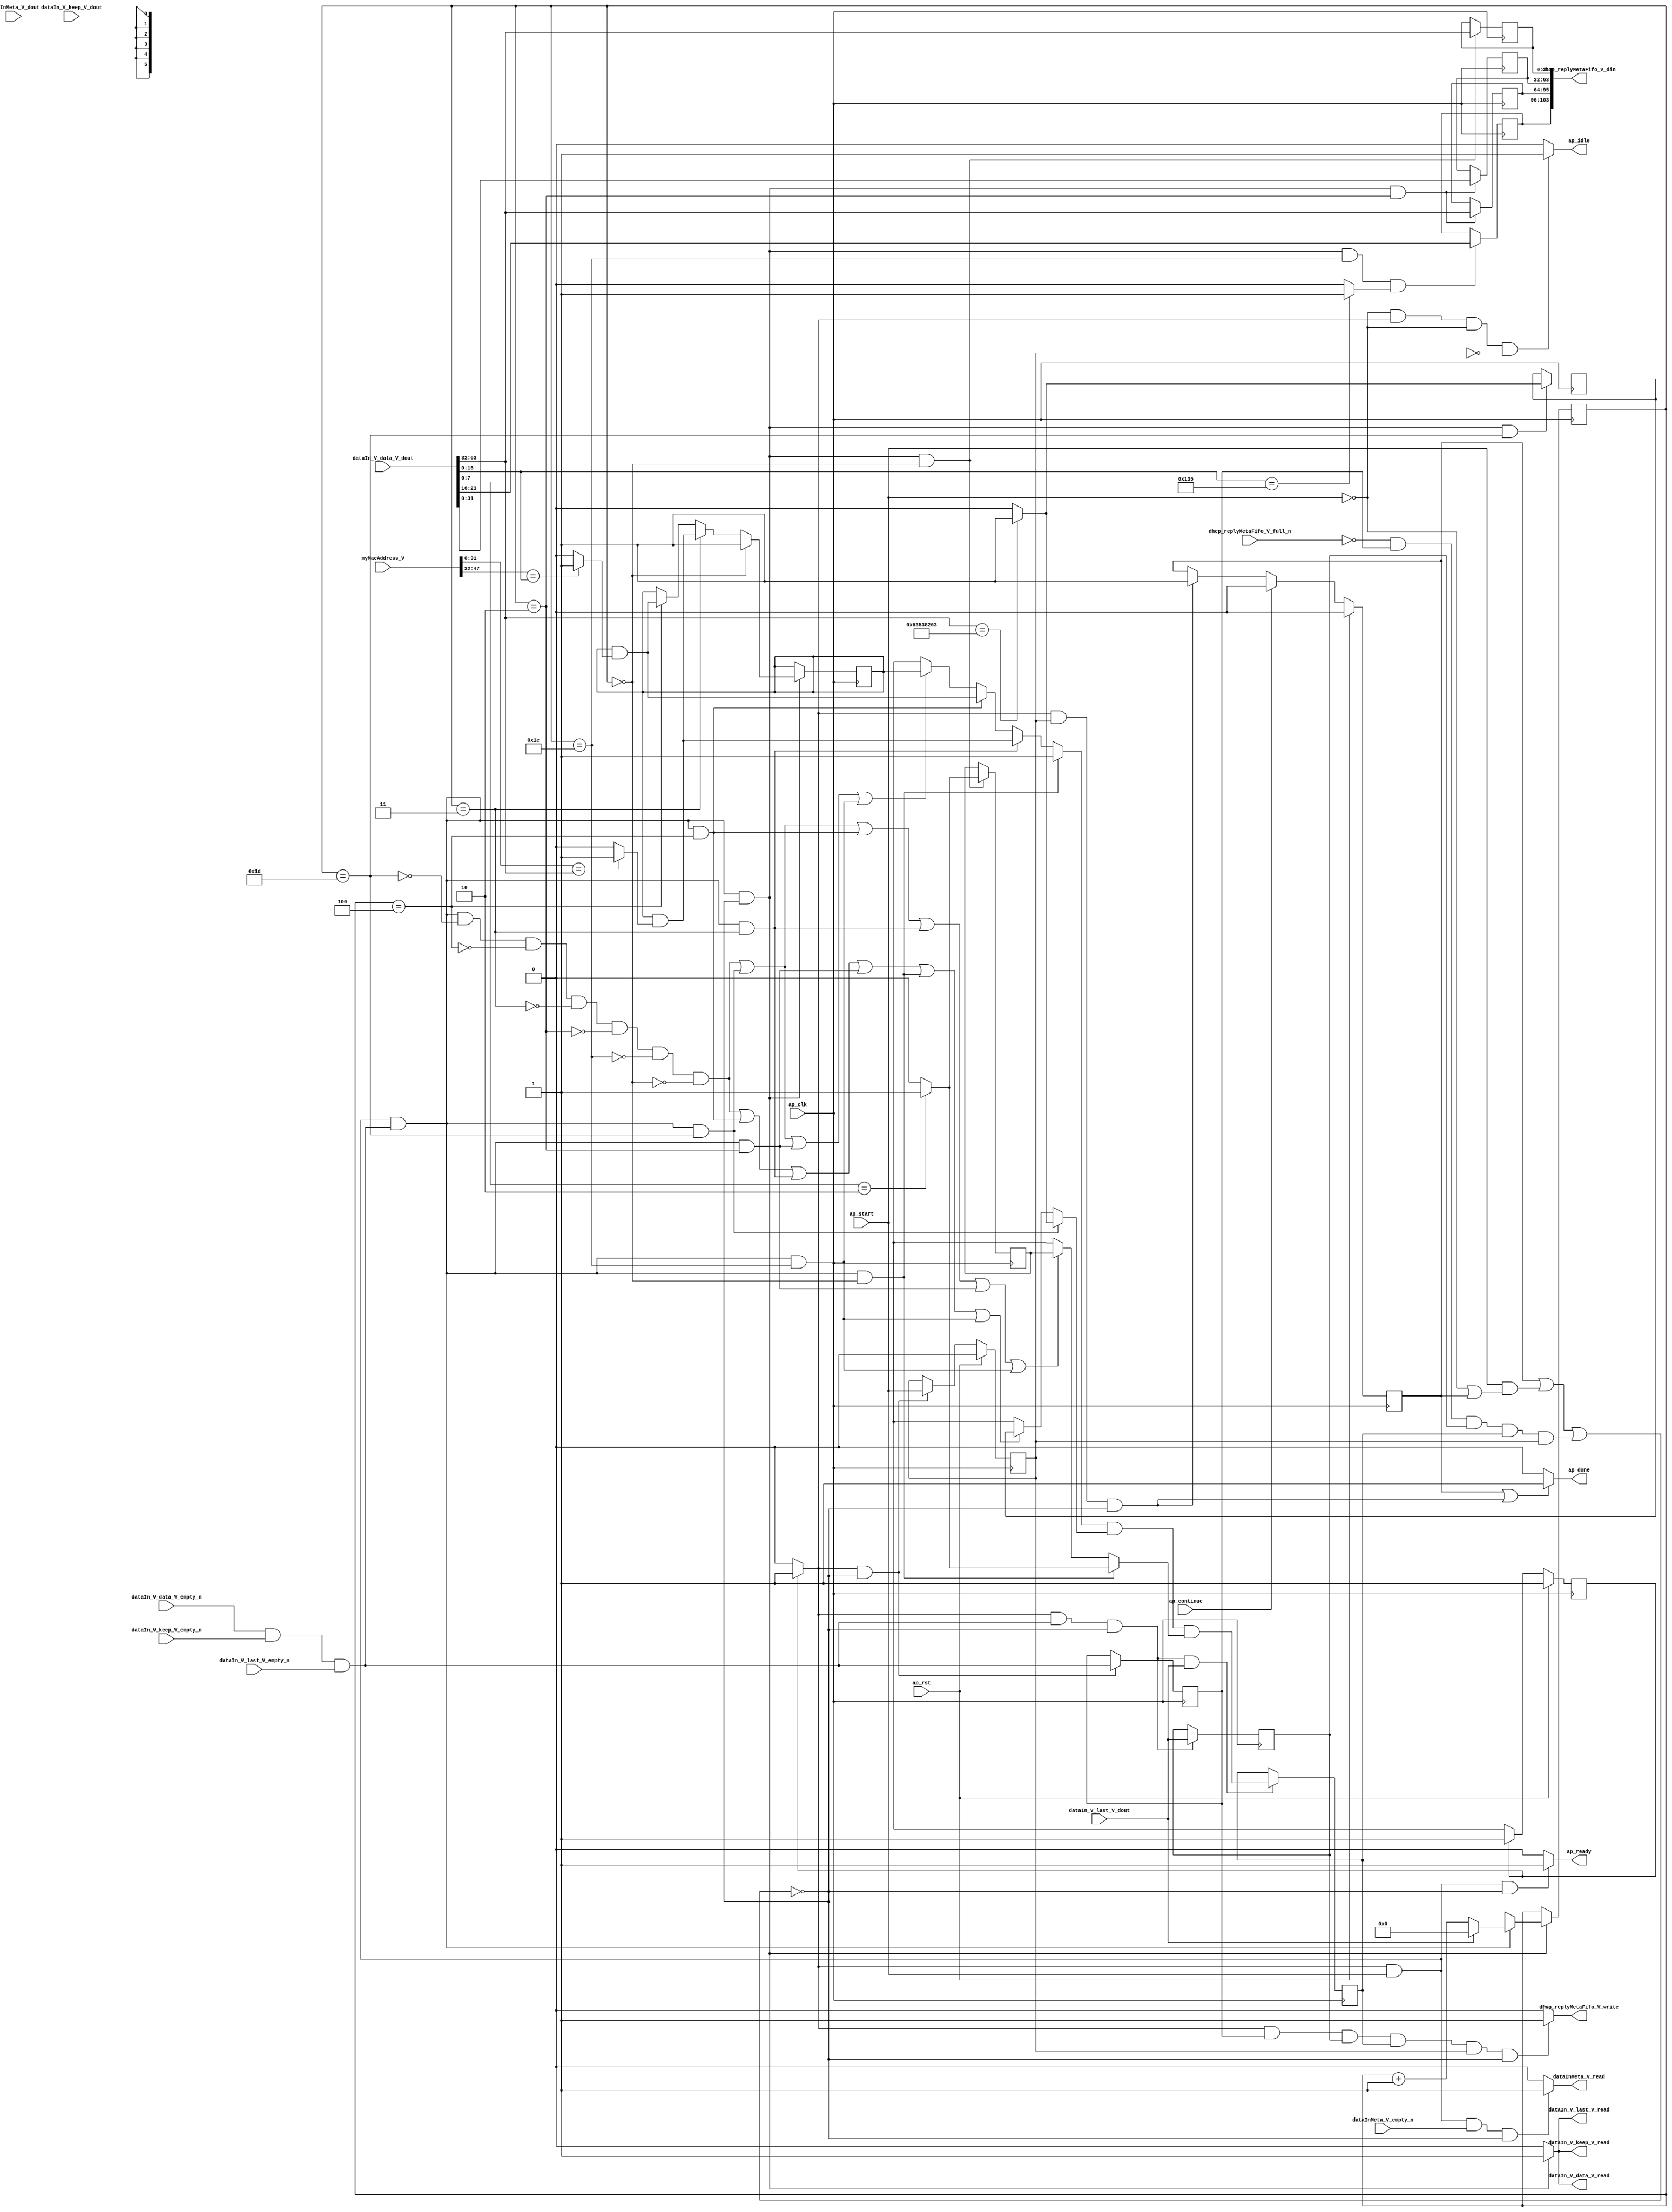
// ==============================================================
// RTL generated by Vivado(TM) HLS - High-Level Synthesis from C, C++ and SystemC
// Version: 2015.1
// Copyright (C) 2015 Xilinx Inc. All rights reserved.
// 
// ===========================================================

`timescale 1 ns / 1 ps 

module dhcp_client_receive_message (
        ap_clk,
        ap_rst,
        ap_start,
        ap_done,
        ap_continue,
        ap_idle,
        ap_ready,
        dataInMeta_V_dout,
        dataInMeta_V_empty_n,
        dataInMeta_V_read,
        dhcp_replyMetaFifo_V_din,
        dhcp_replyMetaFifo_V_full_n,
        dhcp_replyMetaFifo_V_write,
        dataIn_V_data_V_dout,
        dataIn_V_data_V_empty_n,
        dataIn_V_data_V_read,
        dataIn_V_keep_V_dout,
        dataIn_V_keep_V_empty_n,
        dataIn_V_keep_V_read,
        dataIn_V_last_V_dout,
        dataIn_V_last_V_empty_n,
        dataIn_V_last_V_read,
        myMacAddress_V
);

parameter    ap_const_logic_1 = 1'b1;
parameter    ap_const_logic_0 = 1'b0;
parameter    ap_ST_pp0_stg0_fsm_0 = 1'b1;
parameter    ap_const_lv32_0 = 32'b00000000000000000000000000000000;
parameter    ap_const_lv1_1 = 1'b1;
parameter    ap_const_lv1_0 = 1'b0;
parameter    ap_const_lv6_0 = 6'b000000;
parameter    ap_const_lv6_1E = 6'b11110;
parameter    ap_const_lv6_1D = 6'b11101;
parameter    ap_const_lv6_4 = 6'b100;
parameter    ap_const_lv6_3 = 6'b11;
parameter    ap_const_lv6_2 = 6'b10;
parameter    ap_const_lv32_20 = 32'b100000;
parameter    ap_const_lv32_3F = 32'b111111;
parameter    ap_const_lv32_63538263 = 32'b1100011010100111000001001100011;
parameter    ap_const_lv32_2F = 32'b101111;
parameter    ap_const_lv16_135 = 16'b100110101;
parameter    ap_const_lv32_10 = 32'b10000;
parameter    ap_const_lv32_17 = 32'b10111;
parameter    ap_const_lv8_2 = 8'b10;
parameter    ap_const_lv6_1 = 6'b1;
parameter    ap_true = 1'b1;

input   ap_clk;
input   ap_rst;
input   ap_start;
output   ap_done;
input   ap_continue;
output   ap_idle;
output   ap_ready;
input  [95:0] dataInMeta_V_dout;
input   dataInMeta_V_empty_n;
output   dataInMeta_V_read;
output  [103:0] dhcp_replyMetaFifo_V_din;
input   dhcp_replyMetaFifo_V_full_n;
output   dhcp_replyMetaFifo_V_write;
input  [63:0] dataIn_V_data_V_dout;
input   dataIn_V_data_V_empty_n;
output   dataIn_V_data_V_read;
input  [7:0] dataIn_V_keep_V_dout;
input   dataIn_V_keep_V_empty_n;
output   dataIn_V_keep_V_read;
input  [0:0] dataIn_V_last_V_dout;
input   dataIn_V_last_V_empty_n;
output   dataIn_V_last_V_read;
input  [47:0] myMacAddress_V;

reg ap_done;
reg ap_idle;
reg ap_ready;
reg dataInMeta_V_read;
reg dhcp_replyMetaFifo_V_write;
reg    ap_done_reg = 1'b0;
(* fsm_encoding = "none" *) reg   [0:0] ap_CS_fsm = 1'b1;
reg    ap_sig_cseq_ST_pp0_stg0_fsm_0;
reg    ap_sig_bdd_20;
wire    ap_reg_ppiten_pp0_it0;
reg    ap_reg_ppiten_pp0_it1 = 1'b0;
wire    dataIn_V_data_V0_status;
wire   [0:0] tmp_nbreadreq_fu_150_p5;
wire   [0:0] tmp_8_nbreadreq_fu_172_p3;
reg    ap_sig_bdd_56;
reg   [0:0] tmp_reg_506;
reg   [0:0] tmp_last_V_reg_510;
reg   [0:0] brmerge33_demorgan_reg_522;
reg    ap_sig_bdd_75;
reg   [5:0] rm_wordCount_V = 6'b000000;
reg   [0:0] rm_isReply = 1'b0;
reg   [0:0] rm_correctMac = 1'b1;
reg   [0:0] rm_isDHCP = 1'b0;
reg   [31:0] meta_identifier_V = 32'b00000000000000000000000000000000;
reg   [31:0] meta_assignedIpAddress_V = 32'b00000000000000000000000000000000;
reg   [31:0] meta_serverAddress_V = 32'b00000000000000000000000000000000;
reg   [7:0] meta_type_V = 8'b00000000;
wire   [0:0] tmp_last_V_fu_276_p1;
wire   [5:0] rm_wordCount_V_load_load_fu_280_p1;
wire   [0:0] tmp_s_fu_401_p2;
wire   [0:0] brmerge33_demorgan_fu_465_p2;
wire   [0:0] ap_reg_phiprechg_rm_isReply_loc_reg_193pp0_it0;
reg   [0:0] rm_isReply_loc_phi_fu_196_p14;
wire   [0:0] tmp_9_fu_427_p2;
wire   [0:0] ap_reg_phiprechg_rm_correctMac_loc_reg_212pp0_it0;
reg   [0:0] rm_correctMac_loc_phi_fu_215_p14;
wire   [0:0] tmp_7_fu_345_p2;
wire   [0:0] tmp_4_fu_368_p2;
wire   [0:0] ap_reg_phiprechg_rm_isDHCP_loc_reg_232pp0_it0;
reg   [0:0] rm_isDHCP_loc_phi_fu_235_p14;
wire   [0:0] tmp_1_fu_312_p2;
wire   [5:0] ap_reg_phiprechg_rm_wordCount_V_new_reg_251pp0_it0;
reg   [5:0] rm_wordCount_V_new_phi_fu_254_p4;
wire   [5:0] tmp_10_fu_452_p2;
reg    dataIn_V_data_V0_update;
wire   [31:0] grp_fu_262_p4;
wire   [31:0] tmp_23_fu_381_p1;
wire   [15:0] p_Result_6_fu_325_p4;
wire   [15:0] tmp_25_fu_335_p1;
wire   [0:0] tmp_6_fu_339_p2;
wire   [31:0] tmp_24_fu_358_p1;
wire   [0:0] tmp_3_fu_362_p2;
wire   [15:0] tmp_22_fu_397_p1;
wire   [7:0] tmp_21_fu_423_p1;
wire   [0:0] tmp2_fu_459_p2;
reg   [0:0] ap_NS_fsm;
reg    ap_sig_pprstidle_pp0;
reg    ap_sig_bdd_218;
reg    ap_sig_bdd_232;




/// the current state (ap_CS_fsm) of the state machine. ///
always @ (posedge ap_clk)
begin : ap_ret_ap_CS_fsm
    if (ap_rst == 1'b1) begin
        ap_CS_fsm <= ap_ST_pp0_stg0_fsm_0;
    end else begin
        ap_CS_fsm <= ap_NS_fsm;
    end
end

/// ap_done_reg assign process. ///
always @ (posedge ap_clk)
begin : ap_ret_ap_done_reg
    if (ap_rst == 1'b1) begin
        ap_done_reg <= ap_const_logic_0;
    end else begin
        if ((ap_const_logic_1 == ap_continue)) begin
            ap_done_reg <= ap_const_logic_0;
        end else if (((ap_const_logic_1 == ap_sig_cseq_ST_pp0_stg0_fsm_0) & (ap_const_logic_1 == ap_reg_ppiten_pp0_it1) & ~((ap_done_reg == ap_const_logic_1) | ((ap_const_logic_1 == ap_reg_ppiten_pp0_it0) & ap_sig_bdd_56) | (ap_sig_bdd_75 & (ap_const_logic_1 == ap_reg_ppiten_pp0_it1))))) begin
            ap_done_reg <= ap_const_logic_1;
        end
    end
end

/// ap_reg_ppiten_pp0_it1 assign process. ///
always @ (posedge ap_clk)
begin : ap_ret_ap_reg_ppiten_pp0_it1
    if (ap_rst == 1'b1) begin
        ap_reg_ppiten_pp0_it1 <= ap_const_logic_0;
    end else begin
        if (((ap_const_logic_1 == ap_sig_cseq_ST_pp0_stg0_fsm_0) & ~((ap_done_reg == ap_const_logic_1) | ((ap_const_logic_1 == ap_reg_ppiten_pp0_it0) & ap_sig_bdd_56) | (ap_sig_bdd_75 & (ap_const_logic_1 == ap_reg_ppiten_pp0_it1))))) begin
            ap_reg_ppiten_pp0_it1 <= ap_reg_ppiten_pp0_it0;
        end
    end
end

/// assign process. ///
always @(posedge ap_clk)
begin
    if (ap_sig_bdd_218) begin
        if ((ap_const_lv6_0 == rm_wordCount_V_load_load_fu_280_p1)) begin
            rm_correctMac <= ap_const_lv1_1;
        end else if ((rm_wordCount_V_load_load_fu_280_p1 == ap_const_lv6_3)) begin
            rm_correctMac <= tmp_4_fu_368_p2;
        end else if ((rm_wordCount_V_load_load_fu_280_p1 == ap_const_lv6_4)) begin
            rm_correctMac <= tmp_7_fu_345_p2;
        end
    end
end

/// assign process. ///
always @(posedge ap_clk)
begin
    if (((ap_const_logic_1 == ap_sig_cseq_ST_pp0_stg0_fsm_0) & ~(tmp_nbreadreq_fu_150_p5 == ap_const_lv1_0) & ~((ap_done_reg == ap_const_logic_1) | ((ap_const_logic_1 == ap_reg_ppiten_pp0_it0) & ap_sig_bdd_56) | (ap_sig_bdd_75 & (ap_const_logic_1 == ap_reg_ppiten_pp0_it1))) & ~(ap_const_lv1_0 == tmp_last_V_fu_276_p1))) begin
        brmerge33_demorgan_reg_522 <= brmerge33_demorgan_fu_465_p2;
    end
end

/// assign process. ///
always @(posedge ap_clk)
begin
    if (((ap_const_logic_1 == ap_sig_cseq_ST_pp0_stg0_fsm_0) & (ap_const_logic_1 == ap_reg_ppiten_pp0_it0) & ~(tmp_nbreadreq_fu_150_p5 == ap_const_lv1_0) & ~((ap_done_reg == ap_const_logic_1) | ((ap_const_logic_1 == ap_reg_ppiten_pp0_it0) & ap_sig_bdd_56) | (ap_sig_bdd_75 & (ap_const_logic_1 == ap_reg_ppiten_pp0_it1))) & (rm_wordCount_V_load_load_fu_280_p1 == ap_const_lv6_2))) begin
        meta_assignedIpAddress_V <= tmp_23_fu_381_p1;
        meta_serverAddress_V <= {{dataIn_V_data_V_dout[ap_const_lv32_3F : ap_const_lv32_20]}};
    end
end

/// assign process. ///
always @(posedge ap_clk)
begin
    if (((ap_const_logic_1 == ap_sig_cseq_ST_pp0_stg0_fsm_0) & (ap_const_logic_1 == ap_reg_ppiten_pp0_it0) & ~(tmp_nbreadreq_fu_150_p5 == ap_const_lv1_0) & ~((ap_done_reg == ap_const_logic_1) | ((ap_const_logic_1 == ap_reg_ppiten_pp0_it0) & ap_sig_bdd_56) | (ap_sig_bdd_75 & (ap_const_logic_1 == ap_reg_ppiten_pp0_it1))) & (ap_const_lv6_0 == rm_wordCount_V_load_load_fu_280_p1))) begin
        meta_identifier_V <= {{dataIn_V_data_V_dout[ap_const_lv32_3F : ap_const_lv32_20]}};
        rm_isReply <= tmp_9_fu_427_p2;
    end
end

/// assign process. ///
always @(posedge ap_clk)
begin
    if (((ap_const_logic_1 == ap_sig_cseq_ST_pp0_stg0_fsm_0) & (ap_const_logic_1 == ap_reg_ppiten_pp0_it0) & ~(tmp_nbreadreq_fu_150_p5 == ap_const_lv1_0) & ~((ap_done_reg == ap_const_logic_1) | ((ap_const_logic_1 == ap_reg_ppiten_pp0_it0) & ap_sig_bdd_56) | (ap_sig_bdd_75 & (ap_const_logic_1 == ap_reg_ppiten_pp0_it1))) & (rm_wordCount_V_load_load_fu_280_p1 == ap_const_lv6_1E) & ~(ap_const_lv1_0 == tmp_s_fu_401_p2))) begin
        meta_type_V <= {{dataIn_V_data_V_dout[ap_const_lv32_17 : ap_const_lv32_10]}};
    end
end

/// assign process. ///
always @(posedge ap_clk)
begin
    if (((ap_const_logic_1 == ap_sig_cseq_ST_pp0_stg0_fsm_0) & (ap_const_logic_1 == ap_reg_ppiten_pp0_it0) & ~(tmp_nbreadreq_fu_150_p5 == ap_const_lv1_0) & ~((ap_done_reg == ap_const_logic_1) | ((ap_const_logic_1 == ap_reg_ppiten_pp0_it0) & ap_sig_bdd_56) | (ap_sig_bdd_75 & (ap_const_logic_1 == ap_reg_ppiten_pp0_it1))) & (rm_wordCount_V_load_load_fu_280_p1 == ap_const_lv6_1D))) begin
        rm_isDHCP <= tmp_1_fu_312_p2;
    end
end

/// assign process. ///
always @(posedge ap_clk)
begin
    if (((ap_const_logic_1 == ap_sig_cseq_ST_pp0_stg0_fsm_0) & (ap_const_logic_1 == ap_reg_ppiten_pp0_it0) & ~(tmp_nbreadreq_fu_150_p5 == ap_const_lv1_0) & ~((ap_done_reg == ap_const_logic_1) | ((ap_const_logic_1 == ap_reg_ppiten_pp0_it0) & ap_sig_bdd_56) | (ap_sig_bdd_75 & (ap_const_logic_1 == ap_reg_ppiten_pp0_it1))))) begin
        rm_wordCount_V <= rm_wordCount_V_new_phi_fu_254_p4;
    end
end

/// assign process. ///
always @(posedge ap_clk)
begin
    if (((ap_const_logic_1 == ap_sig_cseq_ST_pp0_stg0_fsm_0) & ~(tmp_nbreadreq_fu_150_p5 == ap_const_lv1_0) & ~((ap_done_reg == ap_const_logic_1) | ((ap_const_logic_1 == ap_reg_ppiten_pp0_it0) & ap_sig_bdd_56) | (ap_sig_bdd_75 & (ap_const_logic_1 == ap_reg_ppiten_pp0_it1))))) begin
        tmp_last_V_reg_510 <= dataIn_V_last_V_dout;
    end
end

/// assign process. ///
always @(posedge ap_clk)
begin
    if (((ap_const_logic_1 == ap_sig_cseq_ST_pp0_stg0_fsm_0) & ~((ap_done_reg == ap_const_logic_1) | ((ap_const_logic_1 == ap_reg_ppiten_pp0_it0) & ap_sig_bdd_56) | (ap_sig_bdd_75 & (ap_const_logic_1 == ap_reg_ppiten_pp0_it1))))) begin
        tmp_reg_506 <= tmp_nbreadreq_fu_150_p5;
    end
end

/// ap_done assign process. ///
always @ (ap_done_reg or ap_sig_cseq_ST_pp0_stg0_fsm_0 or ap_reg_ppiten_pp0_it0 or ap_reg_ppiten_pp0_it1 or ap_sig_bdd_56 or ap_sig_bdd_75)
begin
    if (((ap_const_logic_1 == ap_done_reg) | ((ap_const_logic_1 == ap_sig_cseq_ST_pp0_stg0_fsm_0) & (ap_const_logic_1 == ap_reg_ppiten_pp0_it1) & ~((ap_done_reg == ap_const_logic_1) | ((ap_const_logic_1 == ap_reg_ppiten_pp0_it0) & ap_sig_bdd_56) | (ap_sig_bdd_75 & (ap_const_logic_1 == ap_reg_ppiten_pp0_it1)))))) begin
        ap_done = ap_const_logic_1;
    end else begin
        ap_done = ap_const_logic_0;
    end
end

/// ap_idle assign process. ///
always @ (ap_start or ap_sig_cseq_ST_pp0_stg0_fsm_0 or ap_reg_ppiten_pp0_it0 or ap_reg_ppiten_pp0_it1)
begin
    if ((~(ap_const_logic_1 == ap_start) & (ap_const_logic_1 == ap_sig_cseq_ST_pp0_stg0_fsm_0) & (ap_const_logic_0 == ap_reg_ppiten_pp0_it0) & (ap_const_logic_0 == ap_reg_ppiten_pp0_it1))) begin
        ap_idle = ap_const_logic_1;
    end else begin
        ap_idle = ap_const_logic_0;
    end
end

/// ap_ready assign process. ///
always @ (ap_done_reg or ap_sig_cseq_ST_pp0_stg0_fsm_0 or ap_reg_ppiten_pp0_it0 or ap_reg_ppiten_pp0_it1 or ap_sig_bdd_56 or ap_sig_bdd_75)
begin
    if (((ap_const_logic_1 == ap_sig_cseq_ST_pp0_stg0_fsm_0) & (ap_const_logic_1 == ap_reg_ppiten_pp0_it0) & ~((ap_done_reg == ap_const_logic_1) | ((ap_const_logic_1 == ap_reg_ppiten_pp0_it0) & ap_sig_bdd_56) | (ap_sig_bdd_75 & (ap_const_logic_1 == ap_reg_ppiten_pp0_it1))))) begin
        ap_ready = ap_const_logic_1;
    end else begin
        ap_ready = ap_const_logic_0;
    end
end

/// ap_sig_cseq_ST_pp0_stg0_fsm_0 assign process. ///
always @ (ap_sig_bdd_20)
begin
    if (ap_sig_bdd_20) begin
        ap_sig_cseq_ST_pp0_stg0_fsm_0 = ap_const_logic_1;
    end else begin
        ap_sig_cseq_ST_pp0_stg0_fsm_0 = ap_const_logic_0;
    end
end

/// ap_sig_pprstidle_pp0 assign process. ///
always @ (ap_start or ap_reg_ppiten_pp0_it0)
begin
    if (((ap_const_logic_0 == ap_reg_ppiten_pp0_it0) & (ap_const_logic_0 == ap_start))) begin
        ap_sig_pprstidle_pp0 = ap_const_logic_1;
    end else begin
        ap_sig_pprstidle_pp0 = ap_const_logic_0;
    end
end

/// dataInMeta_V_read assign process. ///
always @ (ap_done_reg or ap_sig_cseq_ST_pp0_stg0_fsm_0 or ap_reg_ppiten_pp0_it0 or ap_reg_ppiten_pp0_it1 or tmp_8_nbreadreq_fu_172_p3 or ap_sig_bdd_56 or ap_sig_bdd_75)
begin
    if (((ap_const_logic_1 == ap_sig_cseq_ST_pp0_stg0_fsm_0) & (ap_const_logic_1 == ap_reg_ppiten_pp0_it0) & ~(ap_const_lv1_0 == tmp_8_nbreadreq_fu_172_p3) & ~((ap_done_reg == ap_const_logic_1) | ((ap_const_logic_1 == ap_reg_ppiten_pp0_it0) & ap_sig_bdd_56) | (ap_sig_bdd_75 & (ap_const_logic_1 == ap_reg_ppiten_pp0_it1))))) begin
        dataInMeta_V_read = ap_const_logic_1;
    end else begin
        dataInMeta_V_read = ap_const_logic_0;
    end
end

/// dataIn_V_data_V0_update assign process. ///
always @ (ap_done_reg or ap_sig_cseq_ST_pp0_stg0_fsm_0 or ap_reg_ppiten_pp0_it0 or ap_reg_ppiten_pp0_it1 or tmp_nbreadreq_fu_150_p5 or ap_sig_bdd_56 or ap_sig_bdd_75)
begin
    if (((ap_const_logic_1 == ap_sig_cseq_ST_pp0_stg0_fsm_0) & (ap_const_logic_1 == ap_reg_ppiten_pp0_it0) & ~(tmp_nbreadreq_fu_150_p5 == ap_const_lv1_0) & ~((ap_done_reg == ap_const_logic_1) | ((ap_const_logic_1 == ap_reg_ppiten_pp0_it0) & ap_sig_bdd_56) | (ap_sig_bdd_75 & (ap_const_logic_1 == ap_reg_ppiten_pp0_it1))))) begin
        dataIn_V_data_V0_update = ap_const_logic_1;
    end else begin
        dataIn_V_data_V0_update = ap_const_logic_0;
    end
end

/// dhcp_replyMetaFifo_V_write assign process. ///
always @ (ap_done_reg or ap_sig_cseq_ST_pp0_stg0_fsm_0 or ap_reg_ppiten_pp0_it0 or ap_reg_ppiten_pp0_it1 or ap_sig_bdd_56 or tmp_reg_506 or tmp_last_V_reg_510 or brmerge33_demorgan_reg_522 or ap_sig_bdd_75)
begin
    if (((ap_const_logic_1 == ap_sig_cseq_ST_pp0_stg0_fsm_0) & ~(ap_const_lv1_0 == tmp_reg_506) & ~(ap_const_lv1_0 == tmp_last_V_reg_510) & ~(ap_const_lv1_0 == brmerge33_demorgan_reg_522) & (ap_const_logic_1 == ap_reg_ppiten_pp0_it1) & ~((ap_done_reg == ap_const_logic_1) | ((ap_const_logic_1 == ap_reg_ppiten_pp0_it0) & ap_sig_bdd_56) | (ap_sig_bdd_75 & (ap_const_logic_1 == ap_reg_ppiten_pp0_it1))))) begin
        dhcp_replyMetaFifo_V_write = ap_const_logic_1;
    end else begin
        dhcp_replyMetaFifo_V_write = ap_const_logic_0;
    end
end

/// rm_correctMac_loc_phi_fu_215_p14 assign process. ///
always @ (ap_sig_cseq_ST_pp0_stg0_fsm_0 or ap_reg_ppiten_pp0_it0 or tmp_nbreadreq_fu_150_p5 or rm_correctMac or rm_wordCount_V_load_load_fu_280_p1 or ap_reg_phiprechg_rm_correctMac_loc_reg_212pp0_it0 or tmp_7_fu_345_p2 or tmp_4_fu_368_p2)
begin
    if (((ap_const_logic_1 == ap_sig_cseq_ST_pp0_stg0_fsm_0) & (ap_const_logic_1 == ap_reg_ppiten_pp0_it0) & ~(tmp_nbreadreq_fu_150_p5 == ap_const_lv1_0) & (ap_const_lv6_0 == rm_wordCount_V_load_load_fu_280_p1))) begin
        rm_correctMac_loc_phi_fu_215_p14 = ap_const_lv1_1;
    end else if (((ap_const_logic_1 == ap_sig_cseq_ST_pp0_stg0_fsm_0) & (ap_const_logic_1 == ap_reg_ppiten_pp0_it0) & ~(tmp_nbreadreq_fu_150_p5 == ap_const_lv1_0) & (rm_wordCount_V_load_load_fu_280_p1 == ap_const_lv6_3))) begin
        rm_correctMac_loc_phi_fu_215_p14 = tmp_4_fu_368_p2;
    end else if (((ap_const_logic_1 == ap_sig_cseq_ST_pp0_stg0_fsm_0) & (ap_const_logic_1 == ap_reg_ppiten_pp0_it0) & ~(tmp_nbreadreq_fu_150_p5 == ap_const_lv1_0) & (rm_wordCount_V_load_load_fu_280_p1 == ap_const_lv6_4))) begin
        rm_correctMac_loc_phi_fu_215_p14 = tmp_7_fu_345_p2;
    end else if ((((ap_const_logic_1 == ap_sig_cseq_ST_pp0_stg0_fsm_0) & (ap_const_logic_1 == ap_reg_ppiten_pp0_it0) & ~(tmp_nbreadreq_fu_150_p5 == ap_const_lv1_0) & ~(rm_wordCount_V_load_load_fu_280_p1 == ap_const_lv6_1D) & ~(rm_wordCount_V_load_load_fu_280_p1 == ap_const_lv6_4) & ~(rm_wordCount_V_load_load_fu_280_p1 == ap_const_lv6_3) & ~(rm_wordCount_V_load_load_fu_280_p1 == ap_const_lv6_2) & ~(rm_wordCount_V_load_load_fu_280_p1 == ap_const_lv6_1E) & ~(ap_const_lv6_0 == rm_wordCount_V_load_load_fu_280_p1)) | ((ap_const_logic_1 == ap_sig_cseq_ST_pp0_stg0_fsm_0) & (ap_const_logic_1 == ap_reg_ppiten_pp0_it0) & ~(tmp_nbreadreq_fu_150_p5 == ap_const_lv1_0) & (rm_wordCount_V_load_load_fu_280_p1 == ap_const_lv6_1D)) | ((ap_const_logic_1 == ap_sig_cseq_ST_pp0_stg0_fsm_0) & (ap_const_logic_1 == ap_reg_ppiten_pp0_it0) & ~(tmp_nbreadreq_fu_150_p5 == ap_const_lv1_0) & (rm_wordCount_V_load_load_fu_280_p1 == ap_const_lv6_2)) | ((ap_const_logic_1 == ap_sig_cseq_ST_pp0_stg0_fsm_0) & (ap_const_logic_1 == ap_reg_ppiten_pp0_it0) & ~(tmp_nbreadreq_fu_150_p5 == ap_const_lv1_0) & (rm_wordCount_V_load_load_fu_280_p1 == ap_const_lv6_1E)))) begin
        rm_correctMac_loc_phi_fu_215_p14 = rm_correctMac;
    end else begin
        rm_correctMac_loc_phi_fu_215_p14 = ap_reg_phiprechg_rm_correctMac_loc_reg_212pp0_it0;
    end
end

/// rm_isDHCP_loc_phi_fu_235_p14 assign process. ///
always @ (ap_sig_cseq_ST_pp0_stg0_fsm_0 or ap_reg_ppiten_pp0_it0 or tmp_nbreadreq_fu_150_p5 or rm_isDHCP or rm_wordCount_V_load_load_fu_280_p1 or ap_reg_phiprechg_rm_isDHCP_loc_reg_232pp0_it0 or tmp_1_fu_312_p2)
begin
    if (((ap_const_logic_1 == ap_sig_cseq_ST_pp0_stg0_fsm_0) & (ap_const_logic_1 == ap_reg_ppiten_pp0_it0) & ~(tmp_nbreadreq_fu_150_p5 == ap_const_lv1_0) & (rm_wordCount_V_load_load_fu_280_p1 == ap_const_lv6_1D))) begin
        rm_isDHCP_loc_phi_fu_235_p14 = tmp_1_fu_312_p2;
    end else if ((((ap_const_logic_1 == ap_sig_cseq_ST_pp0_stg0_fsm_0) & (ap_const_logic_1 == ap_reg_ppiten_pp0_it0) & ~(tmp_nbreadreq_fu_150_p5 == ap_const_lv1_0) & ~(rm_wordCount_V_load_load_fu_280_p1 == ap_const_lv6_1D) & ~(rm_wordCount_V_load_load_fu_280_p1 == ap_const_lv6_4) & ~(rm_wordCount_V_load_load_fu_280_p1 == ap_const_lv6_3) & ~(rm_wordCount_V_load_load_fu_280_p1 == ap_const_lv6_2) & ~(rm_wordCount_V_load_load_fu_280_p1 == ap_const_lv6_1E) & ~(ap_const_lv6_0 == rm_wordCount_V_load_load_fu_280_p1)) | ((ap_const_logic_1 == ap_sig_cseq_ST_pp0_stg0_fsm_0) & (ap_const_logic_1 == ap_reg_ppiten_pp0_it0) & ~(tmp_nbreadreq_fu_150_p5 == ap_const_lv1_0) & (rm_wordCount_V_load_load_fu_280_p1 == ap_const_lv6_4)) | ((ap_const_logic_1 == ap_sig_cseq_ST_pp0_stg0_fsm_0) & (ap_const_logic_1 == ap_reg_ppiten_pp0_it0) & ~(tmp_nbreadreq_fu_150_p5 == ap_const_lv1_0) & (rm_wordCount_V_load_load_fu_280_p1 == ap_const_lv6_3)) | ((ap_const_logic_1 == ap_sig_cseq_ST_pp0_stg0_fsm_0) & (ap_const_logic_1 == ap_reg_ppiten_pp0_it0) & ~(tmp_nbreadreq_fu_150_p5 == ap_const_lv1_0) & (rm_wordCount_V_load_load_fu_280_p1 == ap_const_lv6_2)) | ((ap_const_logic_1 == ap_sig_cseq_ST_pp0_stg0_fsm_0) & (ap_const_logic_1 == ap_reg_ppiten_pp0_it0) & ~(tmp_nbreadreq_fu_150_p5 == ap_const_lv1_0) & (ap_const_lv6_0 == rm_wordCount_V_load_load_fu_280_p1)) | ((ap_const_logic_1 == ap_sig_cseq_ST_pp0_stg0_fsm_0) & (ap_const_logic_1 == ap_reg_ppiten_pp0_it0) & ~(tmp_nbreadreq_fu_150_p5 == ap_const_lv1_0) & (rm_wordCount_V_load_load_fu_280_p1 == ap_const_lv6_1E)))) begin
        rm_isDHCP_loc_phi_fu_235_p14 = rm_isDHCP;
    end else begin
        rm_isDHCP_loc_phi_fu_235_p14 = ap_reg_phiprechg_rm_isDHCP_loc_reg_232pp0_it0;
    end
end

/// rm_isReply_loc_phi_fu_196_p14 assign process. ///
always @ (ap_sig_cseq_ST_pp0_stg0_fsm_0 or ap_reg_ppiten_pp0_it0 or tmp_nbreadreq_fu_150_p5 or rm_isReply or rm_wordCount_V_load_load_fu_280_p1 or ap_reg_phiprechg_rm_isReply_loc_reg_193pp0_it0 or tmp_9_fu_427_p2)
begin
    if (((ap_const_logic_1 == ap_sig_cseq_ST_pp0_stg0_fsm_0) & (ap_const_logic_1 == ap_reg_ppiten_pp0_it0) & ~(tmp_nbreadreq_fu_150_p5 == ap_const_lv1_0) & (ap_const_lv6_0 == rm_wordCount_V_load_load_fu_280_p1))) begin
        rm_isReply_loc_phi_fu_196_p14 = tmp_9_fu_427_p2;
    end else if ((((ap_const_logic_1 == ap_sig_cseq_ST_pp0_stg0_fsm_0) & (ap_const_logic_1 == ap_reg_ppiten_pp0_it0) & ~(tmp_nbreadreq_fu_150_p5 == ap_const_lv1_0) & ~(rm_wordCount_V_load_load_fu_280_p1 == ap_const_lv6_1D) & ~(rm_wordCount_V_load_load_fu_280_p1 == ap_const_lv6_4) & ~(rm_wordCount_V_load_load_fu_280_p1 == ap_const_lv6_3) & ~(rm_wordCount_V_load_load_fu_280_p1 == ap_const_lv6_2) & ~(rm_wordCount_V_load_load_fu_280_p1 == ap_const_lv6_1E) & ~(ap_const_lv6_0 == rm_wordCount_V_load_load_fu_280_p1)) | ((ap_const_logic_1 == ap_sig_cseq_ST_pp0_stg0_fsm_0) & (ap_const_logic_1 == ap_reg_ppiten_pp0_it0) & ~(tmp_nbreadreq_fu_150_p5 == ap_const_lv1_0) & (rm_wordCount_V_load_load_fu_280_p1 == ap_const_lv6_1D)) | ((ap_const_logic_1 == ap_sig_cseq_ST_pp0_stg0_fsm_0) & (ap_const_logic_1 == ap_reg_ppiten_pp0_it0) & ~(tmp_nbreadreq_fu_150_p5 == ap_const_lv1_0) & (rm_wordCount_V_load_load_fu_280_p1 == ap_const_lv6_4)) | ((ap_const_logic_1 == ap_sig_cseq_ST_pp0_stg0_fsm_0) & (ap_const_logic_1 == ap_reg_ppiten_pp0_it0) & ~(tmp_nbreadreq_fu_150_p5 == ap_const_lv1_0) & (rm_wordCount_V_load_load_fu_280_p1 == ap_const_lv6_3)) | ((ap_const_logic_1 == ap_sig_cseq_ST_pp0_stg0_fsm_0) & (ap_const_logic_1 == ap_reg_ppiten_pp0_it0) & ~(tmp_nbreadreq_fu_150_p5 == ap_const_lv1_0) & (rm_wordCount_V_load_load_fu_280_p1 == ap_const_lv6_2)) | ((ap_const_logic_1 == ap_sig_cseq_ST_pp0_stg0_fsm_0) & (ap_const_logic_1 == ap_reg_ppiten_pp0_it0) & ~(tmp_nbreadreq_fu_150_p5 == ap_const_lv1_0) & (rm_wordCount_V_load_load_fu_280_p1 == ap_const_lv6_1E)))) begin
        rm_isReply_loc_phi_fu_196_p14 = rm_isReply;
    end else begin
        rm_isReply_loc_phi_fu_196_p14 = ap_reg_phiprechg_rm_isReply_loc_reg_193pp0_it0;
    end
end

/// rm_wordCount_V_new_phi_fu_254_p4 assign process. ///
always @ (tmp_last_V_fu_276_p1 or ap_reg_phiprechg_rm_wordCount_V_new_reg_251pp0_it0 or tmp_10_fu_452_p2 or ap_sig_bdd_232)
begin
    if (ap_sig_bdd_232) begin
        if ((ap_const_lv1_0 == tmp_last_V_fu_276_p1)) begin
            rm_wordCount_V_new_phi_fu_254_p4 = tmp_10_fu_452_p2;
        end else if (~(ap_const_lv1_0 == tmp_last_V_fu_276_p1)) begin
            rm_wordCount_V_new_phi_fu_254_p4 = ap_const_lv6_0;
        end else begin
            rm_wordCount_V_new_phi_fu_254_p4 = ap_reg_phiprechg_rm_wordCount_V_new_reg_251pp0_it0;
        end
    end else begin
        rm_wordCount_V_new_phi_fu_254_p4 = ap_reg_phiprechg_rm_wordCount_V_new_reg_251pp0_it0;
    end
end
/// the next state (ap_NS_fsm) of the state machine. ///
always @ (ap_done_reg or ap_CS_fsm or ap_reg_ppiten_pp0_it0 or ap_reg_ppiten_pp0_it1 or ap_sig_bdd_56 or ap_sig_bdd_75 or ap_sig_pprstidle_pp0)
begin
    case (ap_CS_fsm)
        ap_ST_pp0_stg0_fsm_0 : 
        begin
            ap_NS_fsm = ap_ST_pp0_stg0_fsm_0;
        end
        default : 
        begin
            ap_NS_fsm = 'bx;
        end
    endcase
end

assign ap_reg_phiprechg_rm_correctMac_loc_reg_212pp0_it0 = 'bx;
assign ap_reg_phiprechg_rm_isDHCP_loc_reg_232pp0_it0 = 'bx;
assign ap_reg_phiprechg_rm_isReply_loc_reg_193pp0_it0 = 'bx;
assign ap_reg_phiprechg_rm_wordCount_V_new_reg_251pp0_it0 = 'bx;
assign ap_reg_ppiten_pp0_it0 = ap_start;

/// ap_sig_bdd_20 assign process. ///
always @ (ap_CS_fsm)
begin
    ap_sig_bdd_20 = (ap_CS_fsm[ap_const_lv32_0] == ap_const_lv1_1);
end

/// ap_sig_bdd_218 assign process. ///
always @ (ap_done_reg or ap_sig_cseq_ST_pp0_stg0_fsm_0 or ap_reg_ppiten_pp0_it0 or ap_reg_ppiten_pp0_it1 or tmp_nbreadreq_fu_150_p5 or ap_sig_bdd_56 or ap_sig_bdd_75)
begin
    ap_sig_bdd_218 = ((ap_const_logic_1 == ap_sig_cseq_ST_pp0_stg0_fsm_0) & (ap_const_logic_1 == ap_reg_ppiten_pp0_it0) & ~(tmp_nbreadreq_fu_150_p5 == ap_const_lv1_0) & ~((ap_done_reg == ap_const_logic_1) | ((ap_const_logic_1 == ap_reg_ppiten_pp0_it0) & ap_sig_bdd_56) | (ap_sig_bdd_75 & (ap_const_logic_1 == ap_reg_ppiten_pp0_it1))));
end

/// ap_sig_bdd_232 assign process. ///
always @ (ap_sig_cseq_ST_pp0_stg0_fsm_0 or ap_reg_ppiten_pp0_it0 or tmp_nbreadreq_fu_150_p5)
begin
    ap_sig_bdd_232 = ((ap_const_logic_1 == ap_sig_cseq_ST_pp0_stg0_fsm_0) & (ap_const_logic_1 == ap_reg_ppiten_pp0_it0) & ~(tmp_nbreadreq_fu_150_p5 == ap_const_lv1_0));
end

/// ap_sig_bdd_56 assign process. ///
always @ (ap_start or ap_done_reg or dataIn_V_data_V0_status or tmp_nbreadreq_fu_150_p5 or dataInMeta_V_empty_n or tmp_8_nbreadreq_fu_172_p3)
begin
    ap_sig_bdd_56 = (((dataIn_V_data_V0_status == ap_const_logic_0) & ~(tmp_nbreadreq_fu_150_p5 == ap_const_lv1_0)) | ((dataInMeta_V_empty_n == ap_const_logic_0) & ~(ap_const_lv1_0 == tmp_8_nbreadreq_fu_172_p3)) | (ap_start == ap_const_logic_0) | (ap_done_reg == ap_const_logic_1));
end

/// ap_sig_bdd_75 assign process. ///
always @ (dhcp_replyMetaFifo_V_full_n or tmp_reg_506 or tmp_last_V_reg_510 or brmerge33_demorgan_reg_522)
begin
    ap_sig_bdd_75 = ((dhcp_replyMetaFifo_V_full_n == ap_const_logic_0) & ~(ap_const_lv1_0 == tmp_reg_506) & ~(ap_const_lv1_0 == tmp_last_V_reg_510) & ~(ap_const_lv1_0 == brmerge33_demorgan_reg_522));
end
assign brmerge33_demorgan_fu_465_p2 = (tmp2_fu_459_p2 & rm_isReply_loc_phi_fu_196_p14);
assign dataIn_V_data_V0_status = (dataIn_V_data_V_empty_n & dataIn_V_keep_V_empty_n & dataIn_V_last_V_empty_n);
assign dataIn_V_data_V_read = dataIn_V_data_V0_update;
assign dataIn_V_keep_V_read = dataIn_V_data_V0_update;
assign dataIn_V_last_V_read = dataIn_V_data_V0_update;
assign dhcp_replyMetaFifo_V_din = {{{{meta_type_V}, {meta_serverAddress_V}}, {meta_assignedIpAddress_V}}, {meta_identifier_V}};
assign grp_fu_262_p4 = {{dataIn_V_data_V_dout[ap_const_lv32_3F : ap_const_lv32_20]}};
assign p_Result_6_fu_325_p4 = {{myMacAddress_V[ap_const_lv32_2F : ap_const_lv32_20]}};
assign rm_wordCount_V_load_load_fu_280_p1 = rm_wordCount_V;
assign tmp2_fu_459_p2 = (rm_correctMac_loc_phi_fu_215_p14 & rm_isDHCP_loc_phi_fu_235_p14);
assign tmp_10_fu_452_p2 = (rm_wordCount_V + ap_const_lv6_1);
assign tmp_1_fu_312_p2 = (grp_fu_262_p4 == ap_const_lv32_63538263? 1'b1: 1'b0);
assign tmp_21_fu_423_p1 = dataIn_V_data_V_dout[7:0];
assign tmp_22_fu_397_p1 = dataIn_V_data_V_dout[15:0];
assign tmp_23_fu_381_p1 = dataIn_V_data_V_dout[31:0];
assign tmp_24_fu_358_p1 = myMacAddress_V[31:0];
assign tmp_25_fu_335_p1 = dataIn_V_data_V_dout[15:0];
assign tmp_3_fu_362_p2 = (tmp_24_fu_358_p1 == grp_fu_262_p4? 1'b1: 1'b0);
assign tmp_4_fu_368_p2 = (rm_correctMac & tmp_3_fu_362_p2);
assign tmp_6_fu_339_p2 = (p_Result_6_fu_325_p4 == tmp_25_fu_335_p1? 1'b1: 1'b0);
assign tmp_7_fu_345_p2 = (rm_correctMac & tmp_6_fu_339_p2);
assign tmp_8_nbreadreq_fu_172_p3 = dataInMeta_V_empty_n;
assign tmp_9_fu_427_p2 = (tmp_21_fu_423_p1 == ap_const_lv8_2? 1'b1: 1'b0);
assign tmp_last_V_fu_276_p1 = dataIn_V_last_V_dout;
assign tmp_nbreadreq_fu_150_p5 = (dataIn_V_data_V_empty_n & dataIn_V_keep_V_empty_n & dataIn_V_last_V_empty_n);
assign tmp_s_fu_401_p2 = (tmp_22_fu_397_p1 == ap_const_lv16_135? 1'b1: 1'b0);


endmodule //dhcp_client_receive_message